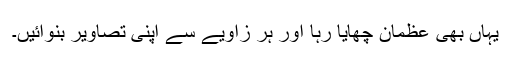
یہاں بھی عظمان چھایا رہا اور ہر زاویے سے اپنی تصاویر بنوائیں۔